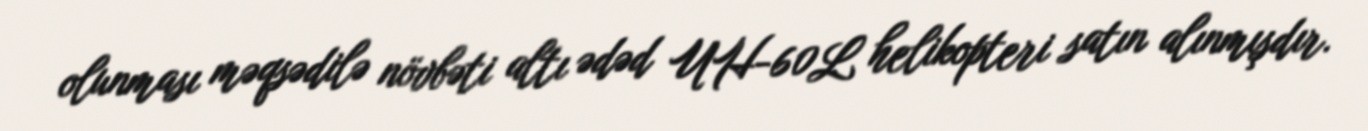
olunması məqsədilə növbəti altı ədəd UH-60L helikopteri satın alınmışdır.